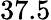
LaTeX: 37.5